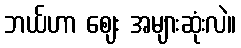
ဘယ်ဟာ ဈေး အများဆုံးလဲ။